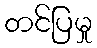
တင်ပြမှု